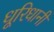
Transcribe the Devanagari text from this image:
धूरिधानी